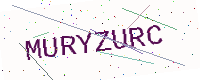
Text: MURYZURC